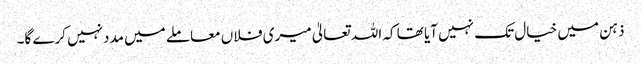
ذہن میں خیال تک نہیں آیا تھا کہ اللہ تعالیٰ میری فلاں معاملے میں مددنہیں کرے گا۔